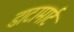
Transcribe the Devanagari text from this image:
डाटामार्ट